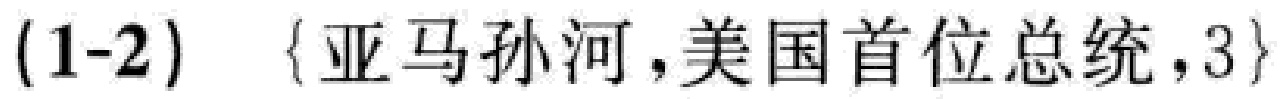
$(1\text{-}2)\quad\{\text{亚马孙河},\text{美国首位总统},3\}$